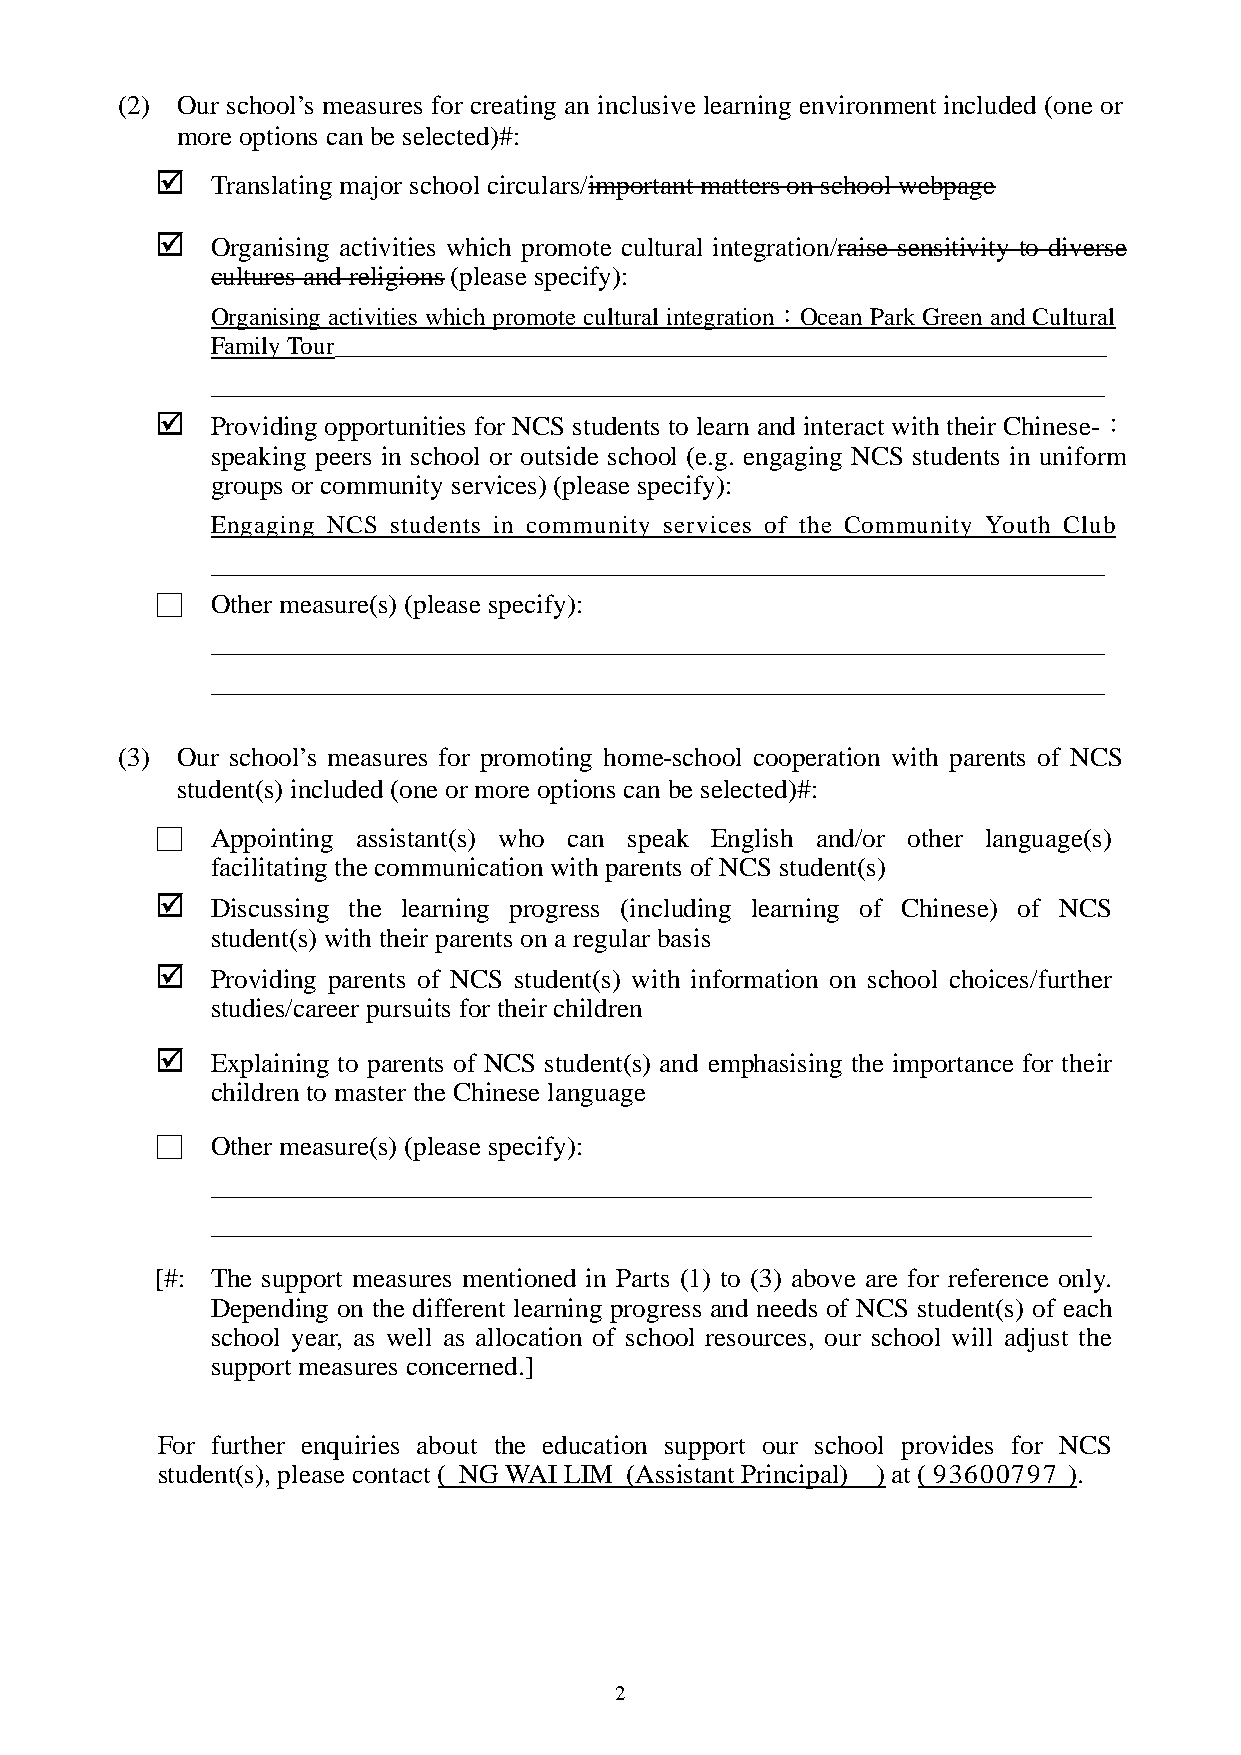
(2) Our school’s measures for creating an inclusive learning environment included (one or
 more options can be selected)#:
    Translating major school circulars/important matters on school webpage
    Organising activities which promote cultural integration/raise sensitivity to diverse
 cultures and religions (please specify):
 Organising activities which promote cultural integration：Ocean Park Green and Cultural
 Family Tour_________________________________________________________
 __________________________________________________________________
    Providing opportunities for NCS students to learn and interact with their Chinese-：
 speaking peers in school or outside school (e.g. engaging NCS students in uniform
 groups or community services) (please specify):
 Engaging NCS students in community services of the Community Youth Club
 __________________________________________________________________
 □   Other measure(s) (please specify):
 __________________________________________________________________
 __________________________________________________________________
 (3) Our school’s measures for promoting home-school cooperation with parents of NCS
 student(s) included (one or more options can be selected)#:
 □   Appointing assistant(s) who can speak English and/or other language(s)
 facilitating the communication with parents of NCS student(s)
    Discussing the learning progress (including learning of Chinese) of NCS
 student(s) with their parents on a regular basis
    Providing parents of NCS student(s) with information on school choices/further
 studies/career pursuits for their children
    Explaining to parents of NCS student(s) and emphasising the importance for their
 children to master the Chinese language
 □   Other measure(s) (please specify):
 _________________________________________________________________
 _________________________________________________________________
 [#: The support measures mentioned in Parts (1) to (3) above are for reference only.
 Depending on the different learning progress and needs of NCS student(s) of each
 school year, as well as allocation of school resources, our school will adjust the
 support measures concerned.]
 For further enquiries about the education support our school provides for NCS
 student(s), please contact ( NG WAI LIM (Assistant Principal) ) at ( 93600797 ).
 2